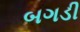
બગડી